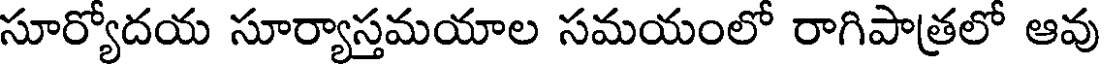
సూర్యోదయ సూర్యాస్తమయాల సమయంలో రాగిపాత్రలో ఆవు